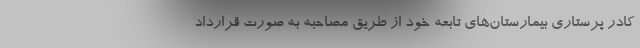
کادر پرستاری بیمارستان‌های تابعه خود از طریق مصاحبه به صورت قرارداد